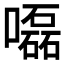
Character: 𡂳